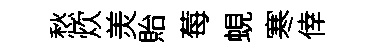
愁炊羙貽莓蜆寒倖